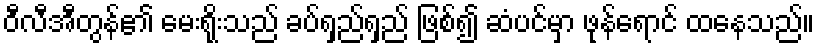
ဝီလီအီတွန်၏ မေးရိုးသည် ခပ်ရှည်ရှည် ဖြစ်၍ ဆံပင်မှာ ဖုန်ရောင် ထနေသည်။